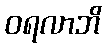
ဝရလာဘိ